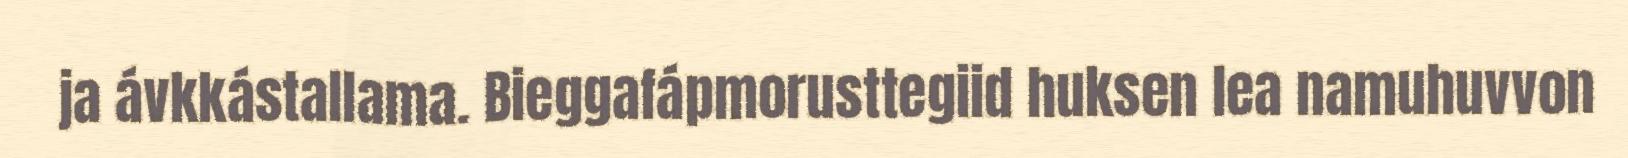
ja ávkkástallama. Bieggafápmorusttegiid huksen lea namuhuvvon